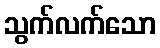
သွက်လက်သော